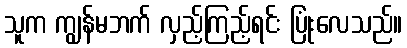
သူက ကျွန်မဘက် လှည့်ကြည့်ရင်း ပြုံးလေသည်။